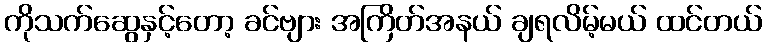
ကိုသက်ဆွေနှင့်တော့ ခင်ဗျား အကြိတ်အနယ် ချရလိမ့်မယ် ထင်တယ်